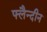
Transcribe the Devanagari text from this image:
फ्लैन्दीन